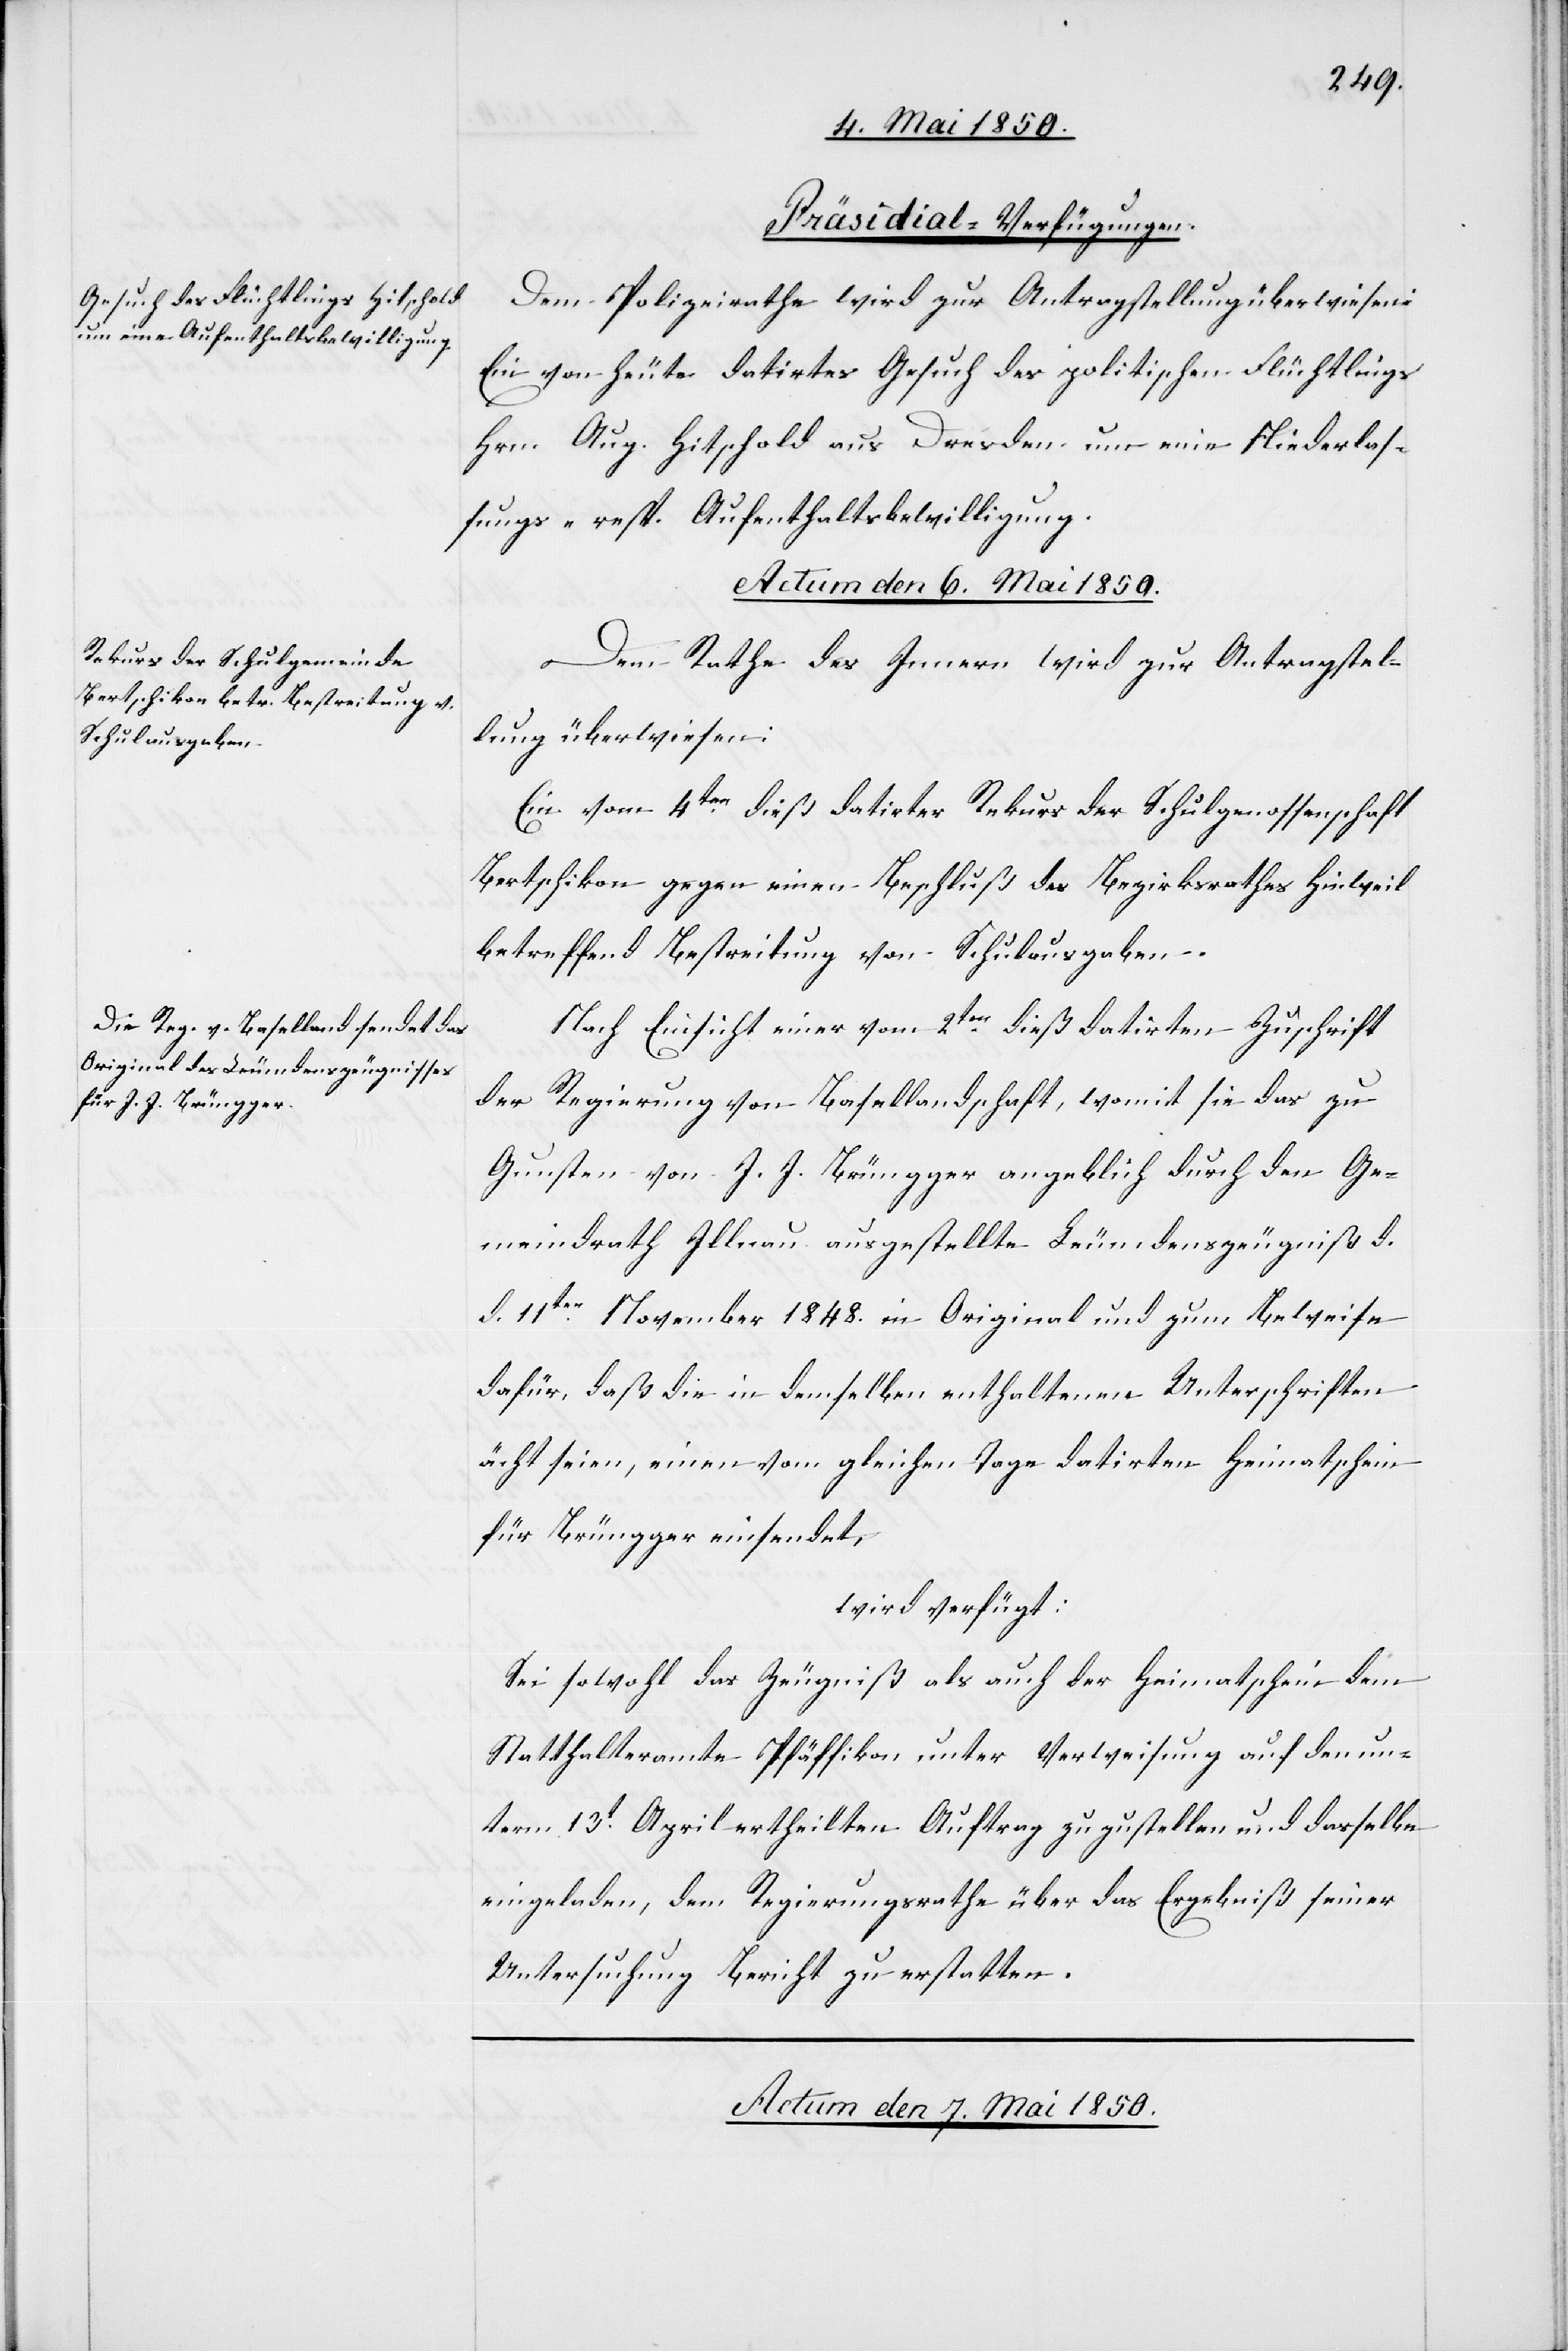
[Präsidial-Verfügungen.]
Dem Polizeirathe wird zur Antragstellung überwiesen:
Ein von heute datirtes Gesuch des politischen Flüchtlings
Hrn. Aug. Hitschold aus Dresden um eine Niederlas¬
sungs- resp. Aufenthaltsbewilligung.
Actum den 6. Mai 1850.]
Dem Rathe des Innern wird zur Antragstel¬
lung überwiesen:
Ein vom 4ten dieß datirter Rekurs der Schulgenossenschaft
Bertschikon gegen einen Beschluß des Bezirksrathes Hinweil
betreffend Bestreitung von Schulausgaben.
Nach Einsicht einer vom 2ten dieß datirten Zuschrift
der Regierung von Basellandschaft, womit sie das zu
Gunsten von J. J. Brüngger angeblich durch den Ge¬
meindrath Illnau ausgestellte Leumdenszeugniß d.
d. 11ten November 1848. in Original und zum Beweise
dafür, daß die in demselben enthaltenen Unterschriften
ächt seien, einen vom gleichen Tage datirten Heimatschein
für Brüngger einsendet,
wird verfügt:
Sei sowohl das Zeugniß als auch der Heimatschein dem
Statthalteramte Pfäffikon unter Verweisung auf den un¬
term 13t April ertheilten Auftrag zuzustellen und dasselbe
eingeladen, dem Regierungsrathe über das Ergebniß seiner
Untersuchung Bericht zu erstatten.
Actum den 7. Mai 1850.